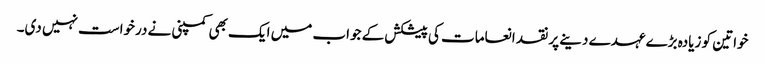
خواتین کو زیادہ بڑے عہدے دینے پر نقد انعامات کی پیشکش کے جواب میں ایک بھی کمپنی نے درخواست نہیں دی۔